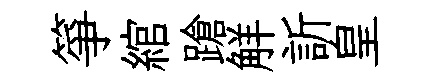
箏綰蹌觧訢皇